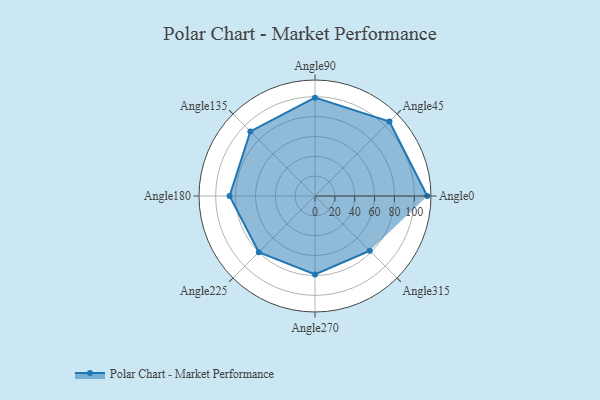
{"axis": {"x": "Angle", "y": "Radius"}, "legend": [""], "data": [{"x": "Angle0", "y": 113.0, "type": ""}, {"x": "Angle45", "y": 106.0, "type": ""}, {"x": "Angle90", "y": 99.0, "type": ""}, {"x": "Angle135", "y": 92.0, "type": ""}, {"x": "Angle180", "y": 86.0, "type": ""}, {"x": "Angle225", "y": 80.0, "type": ""}, {"x": "Angle270", "y": 79.0, "type": ""}, {"x": "Angle315", "y": 78.0, "type": ""}]}